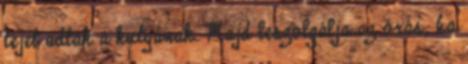
tejet adtak a kutyának. Majd leszolgálja az órás, ha